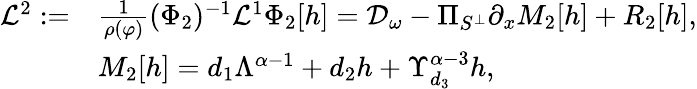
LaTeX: \begin{array}{rl}{\mathcal{L}^{2}:=}&{\frac{1}{\rho(\varphi)}(\Phi_{2})^{-1}\mathcal{L}^{1}\Phi_{2}[h]=\mathcal{D}_{\omega}-\Pi_{S^{\perp}}\partial_{x}M_{2}[h]+R_{2}[h],}\\ &{M_{2}[h]=d_{1}\Lambda^{\alpha-1}+d_{2}h+\Upsilon_{d_{3}}^{\alpha-3}h,}\end{array}